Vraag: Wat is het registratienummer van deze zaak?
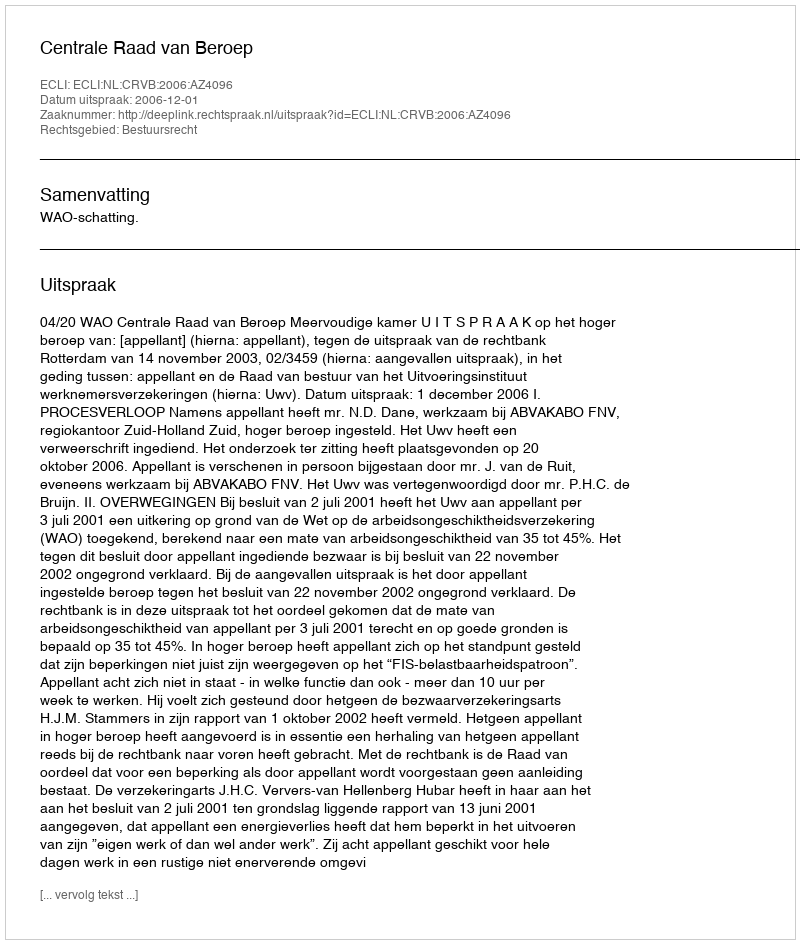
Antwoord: http://deeplink.rechtspraak.nl/uitspraak?id=ECLI:NL:CRVB:2006:AZ4096